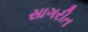
સાગરીત